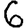
Digit: 6